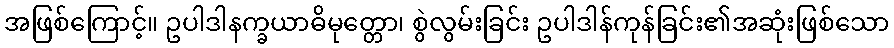
အဖြစ်ကြောင့်။ ဥပါဒါနက္ခယာဓိမုတ္တော၊ စွဲလွမ်းခြင်း ဥပါဒါန်ကုန်ခြင်း၏အဆုံးဖြစ်သော